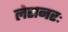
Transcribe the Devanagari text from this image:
लेसनरः